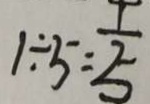
1 \div 5 = \frac { 1 } { 5 }